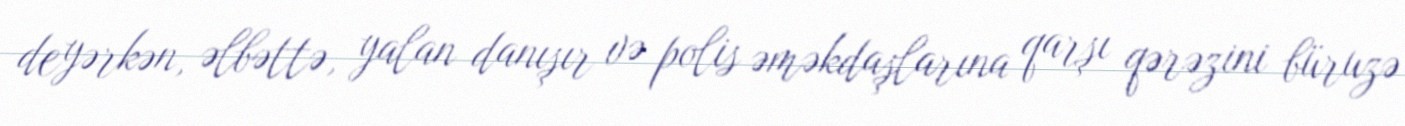
deyərkən, əlbəttə, yalan danışır və polis əməkdaşlarına qarşı qərəzini büruzə